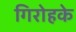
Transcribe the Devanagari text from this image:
गिरोहके